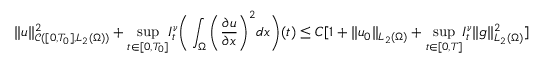
\| u \| _ { \mathcal { C } ( [ 0 , T _ { 0 } ] , L _ { 2 } ( \Omega ) ) } ^ { 2 } + \underset { t \in [ 0 , T _ { 0 } ] } { \operatorname* { s u p } } I _ { t } ^ { \nu } \bigg ( \int _ { \Omega } \bigg ( \frac { \partial u } { \partial x } \bigg ) ^ { 2 } d x \bigg ) ( t ) \leq C [ 1 + \| u _ { 0 } \| _ { L _ { 2 } ( \Omega ) } + \underset { t \in [ 0 , T ] } { \operatorname* { s u p } } I _ { t } ^ { \nu } \| g \| _ { L _ { 2 } ( \Omega ) } ^ { 2 } ]